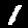
Digit: 1